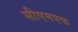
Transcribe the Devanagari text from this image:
सीएमएफ